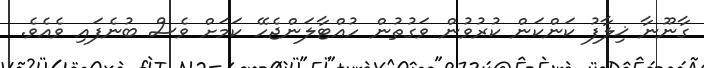
ގާނޫނާ ޚިލާފު ކަންކަން ކުރުވުން ވަގުތުން ހުއްޓާލަންޖެހޭ ކަމަށް ވެސް ބުނެފައި ވެއެވެ.